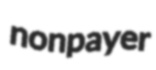
nonpayer